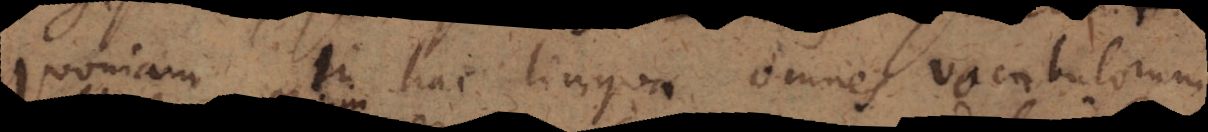
quoniam in hac lingua omnes vocabulorum